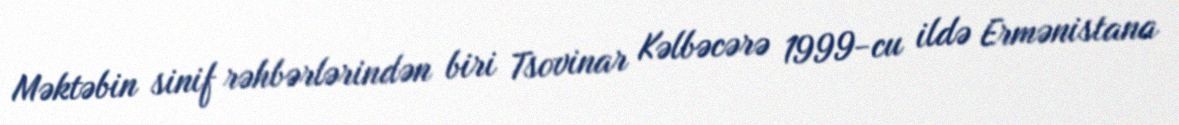
Məktəbin sinif rəhbərlərindən biri Tsovinar Kəlbəcərə 1999-cu ildə Ermənistana